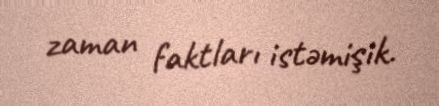
zaman faktları istəmişik.